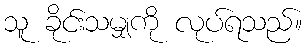
သူ ခိုင်းသမျှကို လုပ်ရသည်။